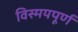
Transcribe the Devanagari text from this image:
विस्मयपूर्ण